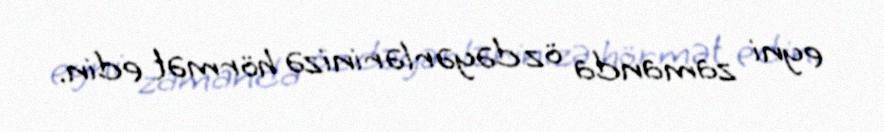
eyni zamanda öz dəyərlərinizə hörmət edin.